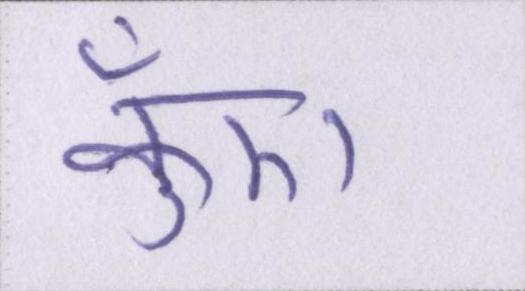
कुँए